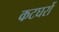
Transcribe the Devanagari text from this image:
कटघरों